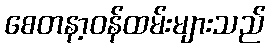
စေတနာ့ဝန်ထမ်းများသည်